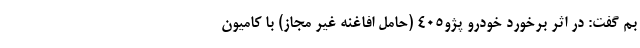
بم گفت: در اثر برخورد خودرو پژو٤٠٥ (حامل افاغنه غیر مجاز) با کامیون